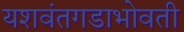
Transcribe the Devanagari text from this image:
यशवंतगडाभोवती